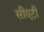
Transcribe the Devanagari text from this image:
सीएटी